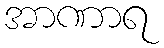
အာဏာရ